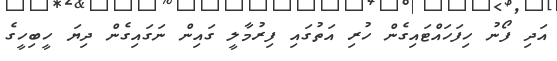
އަދި ފޯނު ހިފަހައްޓައިގެން ހުރި އަތުގައި ފިރުމާލީ ގައިން ނަގައިގެން ދިޔަ ހީބިހީގެ